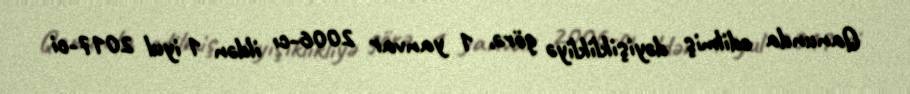
Qanunda edilmiş dəyişiklikliyə görə, 1 yanvar 2006-cı ildən 1 iyul 2017-ci